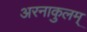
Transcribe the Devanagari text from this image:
अरनाकुलम्‌